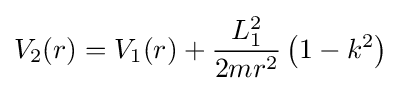
V_{2}(r)=V_{1}(r)+{\frac {L_{1}^{2}}{2mr^{2}}}\left(1-k^{2}\right)